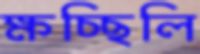
ক্ষচ্ছিলি